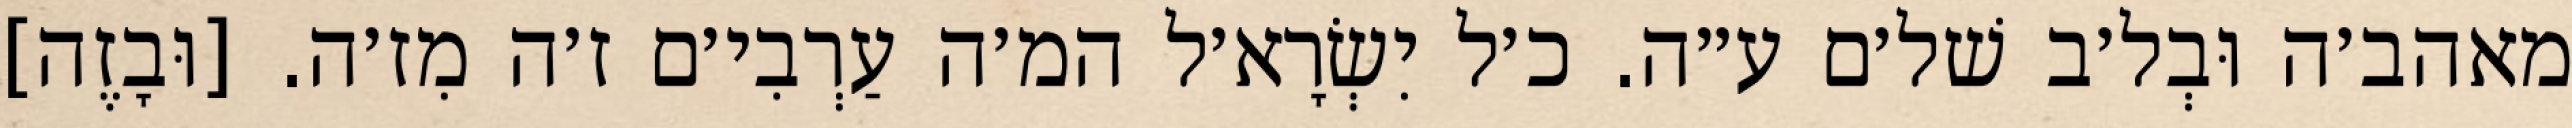
מאהב׳ה וּבְל׳ב שׁל׳ם ע״ה. כ׳ל יִשְׂרָא׳ל המ׳ה עַרְבִי׳ם ז׳ה מִז׳ה. [וּבָזֶה]